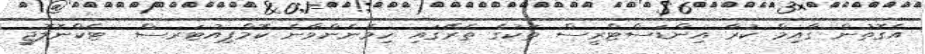
އެގޮތުން ގާއިމް ކުރާ އިންޑަސްޓްރީސް ތަކުގެ ތެރޭގައި ހިމެނެންވާނެ ކޮމްޕިއުޓަރސް  ޓެކްނޮލޮޖީ